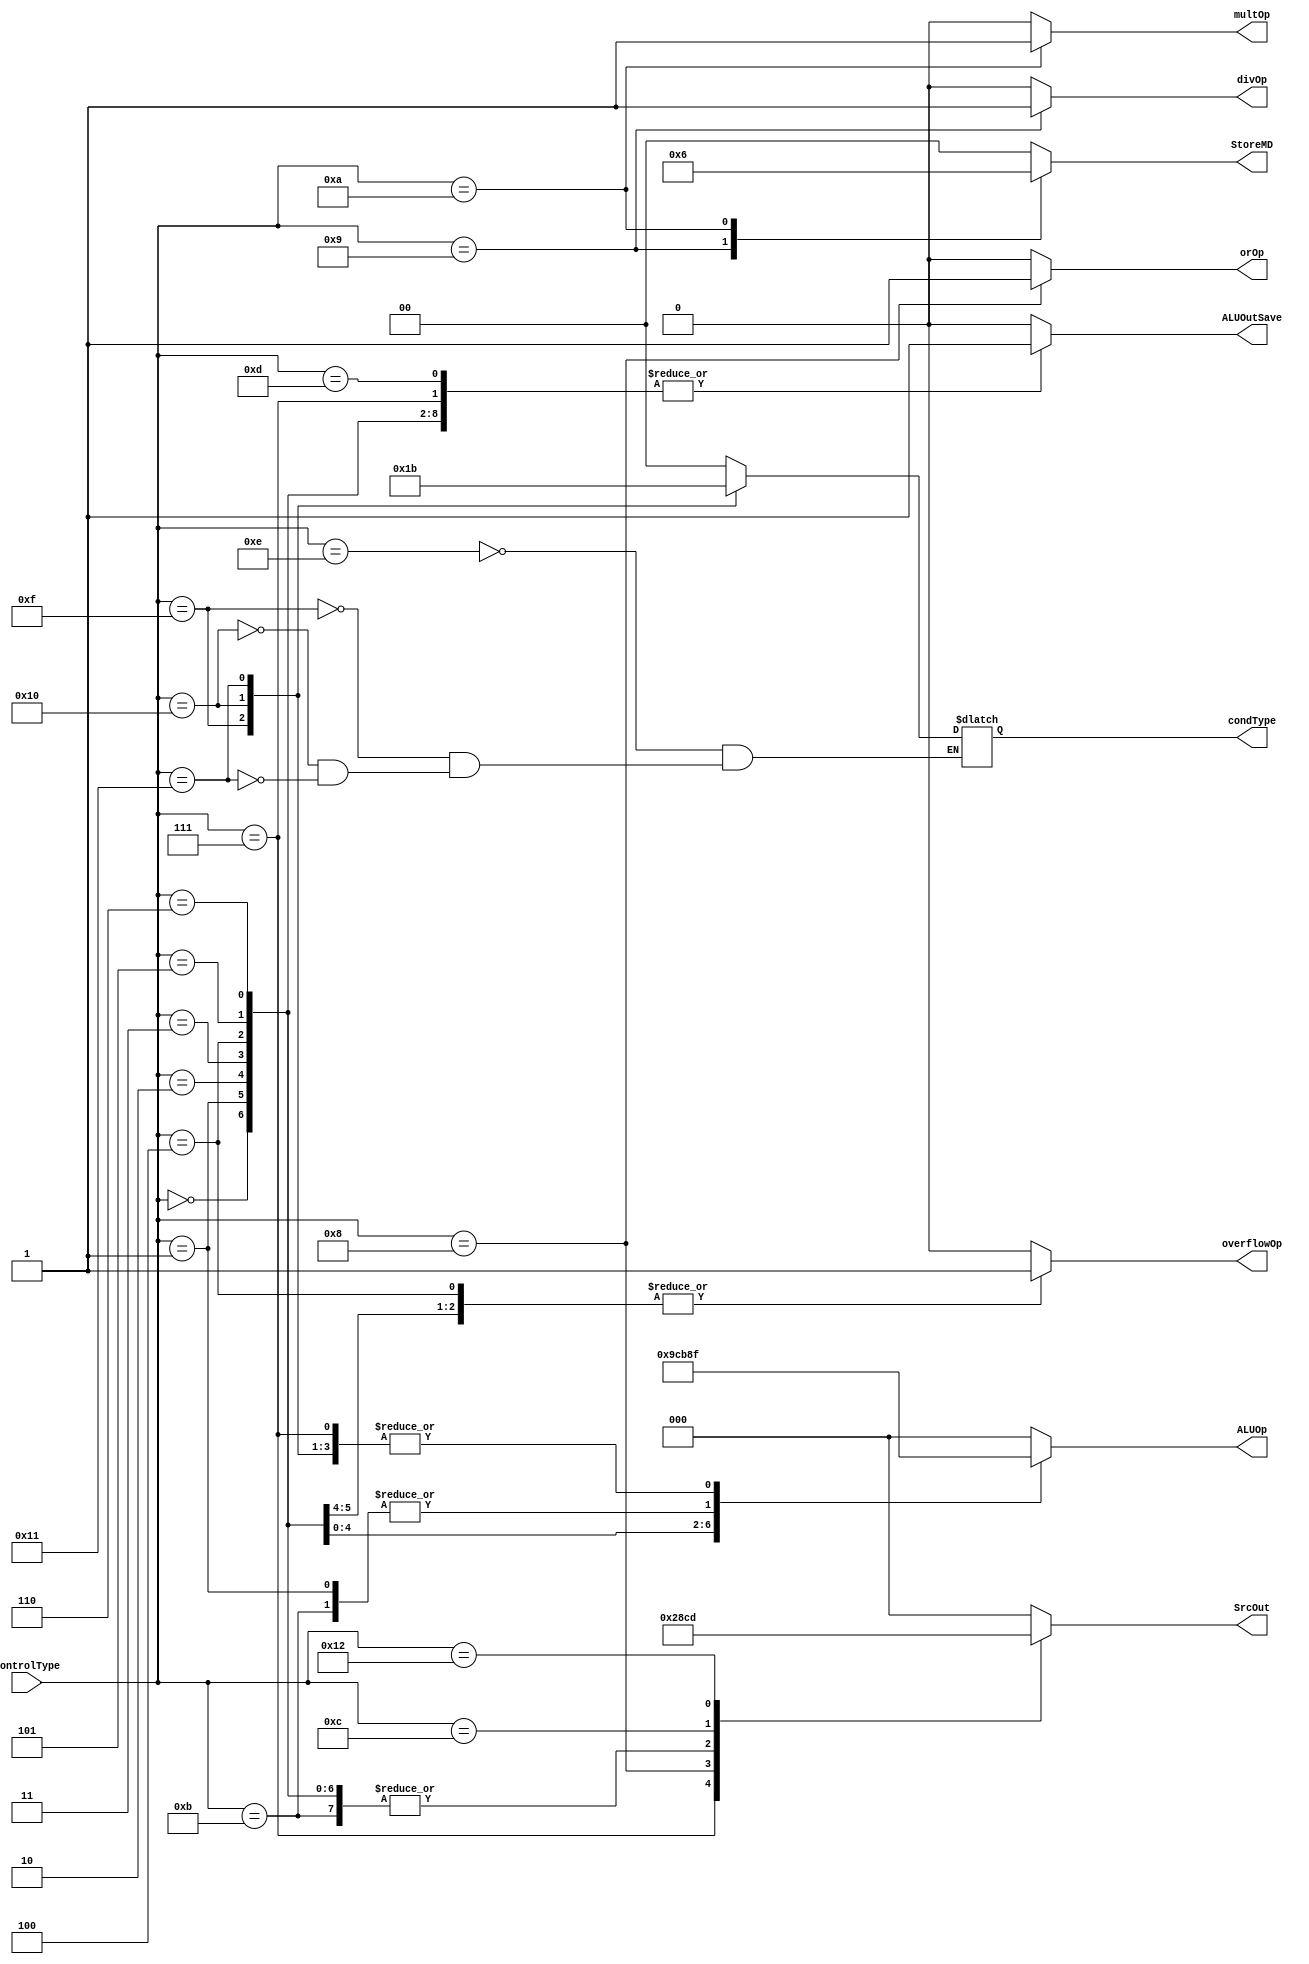
module ALUControl (
    input wire [4:0] controlType,
    output reg [1:0] condType,
    output reg [0:0] divOp,
    output reg [0:0] multOp,
    output reg [2:0] ALUOp,
    output reg [0:0] orOp,
    output reg [0:0] overflowOp,
    output reg [2:0] SrcOut,
    output reg [1:0] StoreMD,
    output reg [0:0] ALUOutSave
);

    parameter ALULOAD = 5'b00000; 
    parameter ALUOADD = 5'b00001;
    parameter ALUSUB  = 5'b00010;
    parameter ALUAND  = 5'b00011;
    parameter ALUADD1 = 5'b00100;
    parameter ALUNOT  = 5'b00101;
    parameter ALUXOR  = 5'b00110;
    parameter ALUCMP  = 5'b00111;
    parameter ALUOR   = 5'b01000;
    parameter ALUDIV  = 5'b01001;
    parameter ALUMUL  = 5'b01010;
    parameter ALUSADD = 5'b01011;
    parameter ALUMFHI = 5'b01100;
    parameter ALUMFLO = 5'b01101;
    parameter ALUNE   = 5'b01110;
    parameter ALUEQ   = 5'b01111;
    parameter ALULE   = 5'b10000;
    parameter ALUGT   = 5'b10001;
    parameter ALUSFT  = 5'b10010;

    initial condType = 2'b00;

    always @(controlType) begin
        // condType = 2'b00; // no deixa mudar enquanto no explicitamente tentar mudar
        divOp = 1'b0;
        multOp = 1'b0;
        ALUOp = 3'b000;
        orOp = 1'b0;
        overflowOp = 1'b0;
        SrcOut = 3'b000;
        StoreMD = 2'b00;
        ALUOutSave = 1'b0;
        
        case (controlType)
            5'b00000:
                begin
                    ALUOp = 3'b000;
                    SrcOut = 3'b011;
                    ALUOutSave = 1'b1;
                end
            5'b00001:
                begin
                    ALUOp = 3'b001;
                    overflowOp = 1'b1;
                    SrcOut = 3'b011;
                    ALUOutSave = 1'b1;
                end
            5'b00010:
                begin
                    ALUOp = 3'b010;
                    overflowOp = 1'b1;
                    SrcOut = 3'b011;
                    ALUOutSave = 1'b1;
                end
            5'b00011:
                begin
                    ALUOp = 3'b011;
                    SrcOut = 3'b011;
                    ALUOutSave = 1'b1;
                end
            5'b00100:
                begin
                    ALUOp = 3'b100;
                    overflowOp = 1'b1;
                    SrcOut = 3'b011;
                    ALUOutSave = 1'b1;
                end
            5'b00101:
                begin
                    ALUOp = 3'b101;
                    SrcOut = 3'b011;
                    ALUOutSave = 1'b1;
                end
            5'b00110:
                begin
                    ALUOp = 3'b110;
                    SrcOut = 3'b011;
                    ALUOutSave = 1'b1;
                end
            5'b00111:
                begin
                    ALUOp = 3'b111;
                    SrcOut = 3'b010;
                    ALUOutSave = 1'b1;
                end
            5'b01000:
                begin
                    orOp = 1'b1;
                    SrcOut = 3'b100;
                    ALUOutSave = 1'b1;
                end
            5'b01001:
                begin
                    divOp = 1'b1;
                    StoreMD = 2'b01;
                end
            5'b01010:
                begin
                    multOp = 1'b1;
                    StoreMD = 2'b10;
                end
            5'b01011:
                begin
                    ALUOp = 3'b001;
                    SrcOut = 3'b011;
                    ALUOutSave = 1'b1;
                end
            5'b01100:
                begin 
                    SrcOut = 3'b001;
                    ALUOutSave = 1'b1;
                end
            5'b01101:
                begin
                    SrcOut = 3'b000;
                    ALUOutSave = 1'b1;
                end
            5'b01110:
                begin
                    ALUOp = ALUCMP;
                    condType = 2'b00;
                end
            5'b01111:
                begin 
                    ALUOp = ALUCMP;
                    condType = 2'b01;
                end
            5'b10000:
                begin
                    ALUOp = ALUCMP;
                    condType = 2'b10;
                end
            5'b10001:
                begin
                    ALUOp = ALUCMP;
                    condType = 2'b11;
                end
            5'b10010:
                begin
                    SrcOut = 3'b101;
                    ALUOutSave = 1'b1;
                end

        endcase
    end

endmodule

/*

TODOS OS CASOS DE CONTROLTYPE

* 00000: S = X
* 00001: S = X + Y (com overflow)
* 00010: S = X - Y
* 00011: S = X and Y
* 00100: S = X + 1
* 00101: S = not X
* 00110: S = X xor Y
* 00111: S = X comp Y
* 01000: S = X or Y
* 01001: S = X / Y
* 01010: S = X * Y
* 01011: S = X + Y (sem overflow)
* 01100: S = hi
* 01101: S = lo
* 01110: cond NE 
* 01111: cond EQ
* 10000: cond LE
* 10001: cond GT
* 10010: qualquercasodeshift

*/